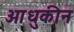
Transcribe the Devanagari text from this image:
आधुकीन